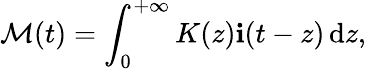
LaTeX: \mathcal{M}(t)=\int_{0}^{+\infty}K(z)\mathbf{i}(t-z)\mathop{}\! \mathrm{{d}}z,